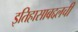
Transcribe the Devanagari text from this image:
इतिहासाबद्दलची